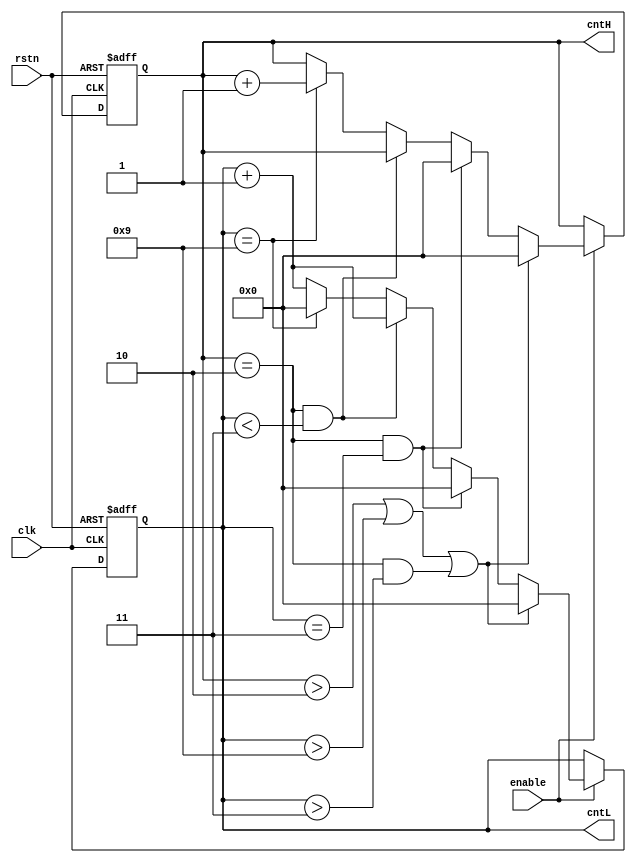
module counter24(
    input clk,
    input rstn,
    input enable,
    output reg[3:0] cntH,
    output reg[3:0] cntL
);

always @(posedge clk or negedge rstn) begin
    if(~rstn)
        {cntH,cntL} <= 8'b0;
    else if(enable) begin
        if((cntH>2)||(cntL>9)||((cntH==2)&&(cntL>3)))
            {cntH,cntL} <= 8'b0;
        else if((cntH==2)&&(cntL==3))
            {cntH,cntL} <= 8'b0;
        else if((cntH==2)&&(cntL<3)) begin
            cntH <= cntH;
            cntL <= cntL + 1'b1;
        end
        else if(cntL==9) begin 
            cntH <= cntH + 1'b1;
            cntL <= 1'b0;
        end
        else begin
            cntH <= cntH;
            cntL <= cntL + 1'b1;
        end
    end
end

endmodule